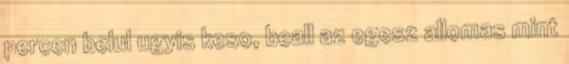
percen belul ugyis keso, beall az egesz allomas mint